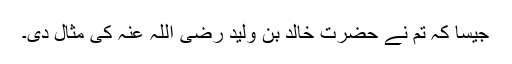
جیسا کہ تم نے حضرت خالد بن ولید رضی اللہ عنہ کی مثال دی۔